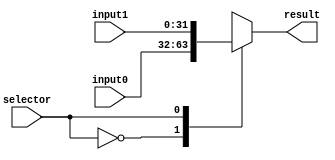
module Mux32
(
	input wire selector,
	input wire [31:0]input0,
	input wire [31:0]input1,
	output reg [31:0]result
);

	always @(*)
		begin
			case (selector)
				1'b0: 
					begin
						result <= input0;
					end
				1'b1: 
					begin
						result <= input1;
					end
				default:
					begin
						result <= 32'bxxxxxxxxxxxxxxxxxxxxxxxxxxxxxxxx;
					end
			endcase
		end

endmodule